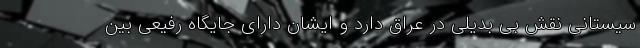
سیستانی نقش بی بدیلی در عراق دارد و ایشان دارای جایگاه رفیعی بین